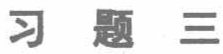
习题三